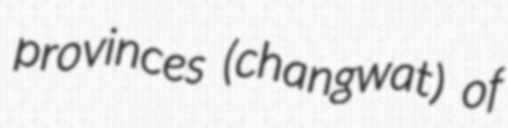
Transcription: provinces (changwat) of